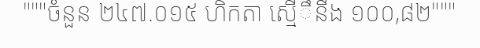
"""ចំនួន ២៤៧.០១៥ ហិកតា ស្មើឹនឹង ១០០,៨២"""